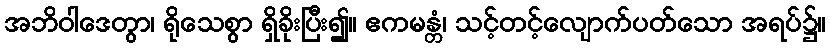
အဘိဝါဒေတွာ၊ ရိုသေစွာ ရှိခိုးပြီး၍။ ဧကမန္တံ၊ သင့်တင့်လျောက်ပတ်သော အရပ်၌။